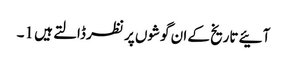
آئیے تاریخ کے ان گوشوں پر نظر ڈالتے ہیں 1۔